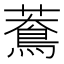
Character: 𦿲